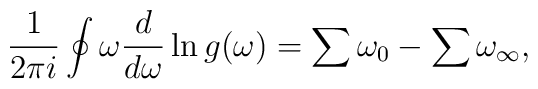
\frac{1}{2\pi i}\oint \omega \frac{d}{d\omega}\ln g(\omega)=\sum\omega_0-\sum\omega_{\infty},